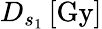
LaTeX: D_{s_{1}}\, [\mathrm{Gy}]